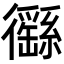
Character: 𢖟